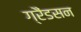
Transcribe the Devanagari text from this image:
ग्रैंडसन